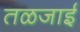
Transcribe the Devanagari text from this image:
तळजाई